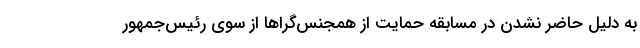
به دلیل حاضر نشدن در مسابقه حمایت از همجنس‌گراها از سوی رئیس‌جمهور